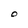
Character: O